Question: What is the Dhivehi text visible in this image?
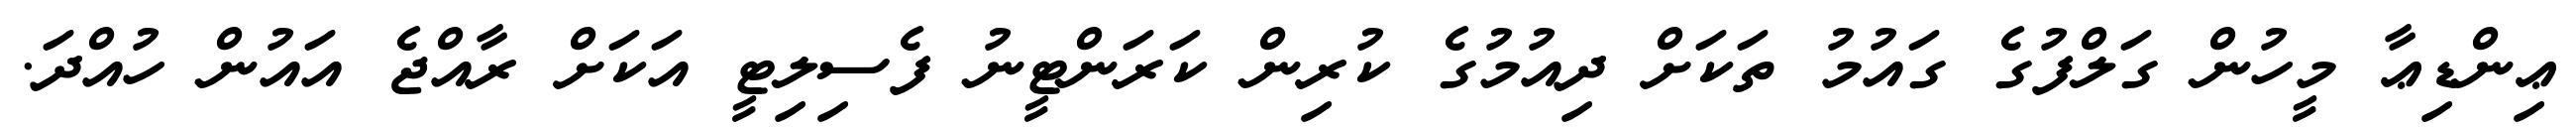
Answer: ޢިންޑިޢާ މީހުން ގަލްފުގެ ގައުމު ތަކަށް ދިއުމުގެ ކުރިން ކަރަންޓީނު ފެސިލިޓީ އަކަށް ރާއްޖެ އައުން ހުއްދަ.